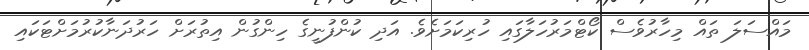
މައްސަލަ ތައް މިހާރުވެސް ކޯޓްމަރުހަލާގައި ހުރިކަމަށެވެ. އަދި ކުންފުނީގެ ހިންގުން އިތުރަށް ހަރުދަނާކުރުމަށްޓަކައި